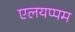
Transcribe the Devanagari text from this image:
एलयप्पम